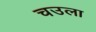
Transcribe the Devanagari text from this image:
चउला